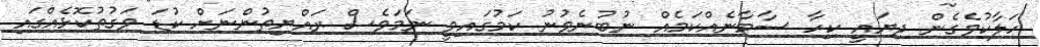
ހަލާކުވެގެން ދިޔައީ ކިހާ ސާމާނެއްކަމެއް ނުބުނެވުނު ކަމުގައިވީ ނަމަވެސް ރައްޔިތުންނަށް ކުޑަ ވަގުތުކޮޅެއްގައި